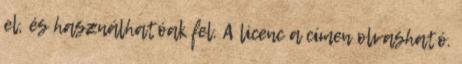
el, és használhatóak fel. A licenc a címen olvasható.